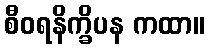
စီဝရနိက္ခိပန ကထာ။